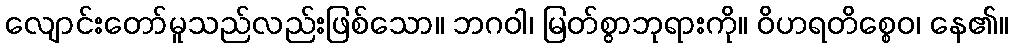
လျောင်းတော်မူသည်လည်းဖြစ်သော။ ဘဂဝါ၊ မြတ်စွာဘုရားကို။ ဝိဟရတိစ္စေဝ၊ နေ၏။